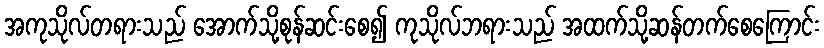
အကုသိုလ်တရားသည် အောက်သို့စုန်ဆင်းစေ၍ ကုသိုလ်ဘရားသည် အထက်သို့ဆန်တက်စေကြောင်း